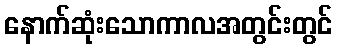
နောက်ဆုံးသောကာလအတွင်းတွင်